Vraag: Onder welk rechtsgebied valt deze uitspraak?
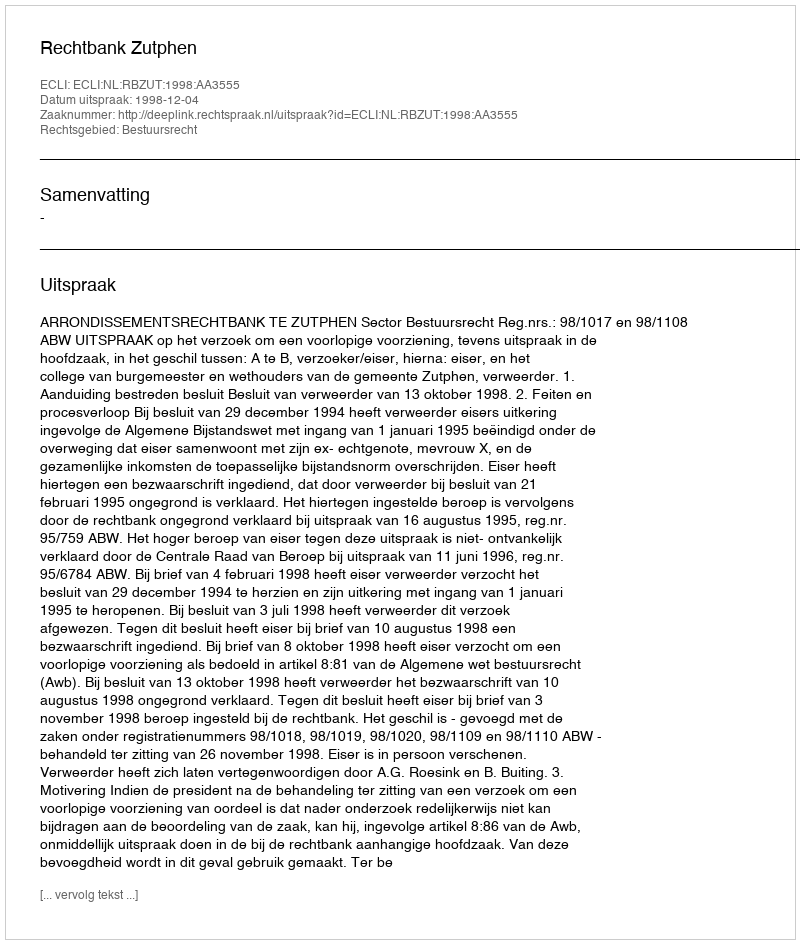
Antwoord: Bestuursrecht